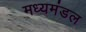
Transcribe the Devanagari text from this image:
मध्यमंडल